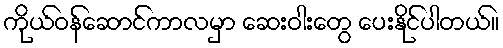
ကိုယ်ဝန်ဆောင်ကာလမှာ ဆေးဝါးတွေ ပေးနိုင်ပါတယ်။